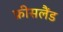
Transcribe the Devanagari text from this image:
फ्रीसलैंड